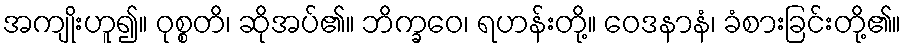
အကျိုးဟူ၍။ ဝုစ္စတိ၊ ဆိုအပ်၏။ ဘိက္ခဝေ၊ ရဟန်းတို့။ ဝေဒနာနံ၊ ခံစားခြင်းတို့၏။